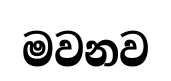
මවනව